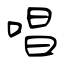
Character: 唱